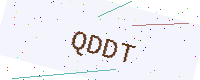
Text: QDDT